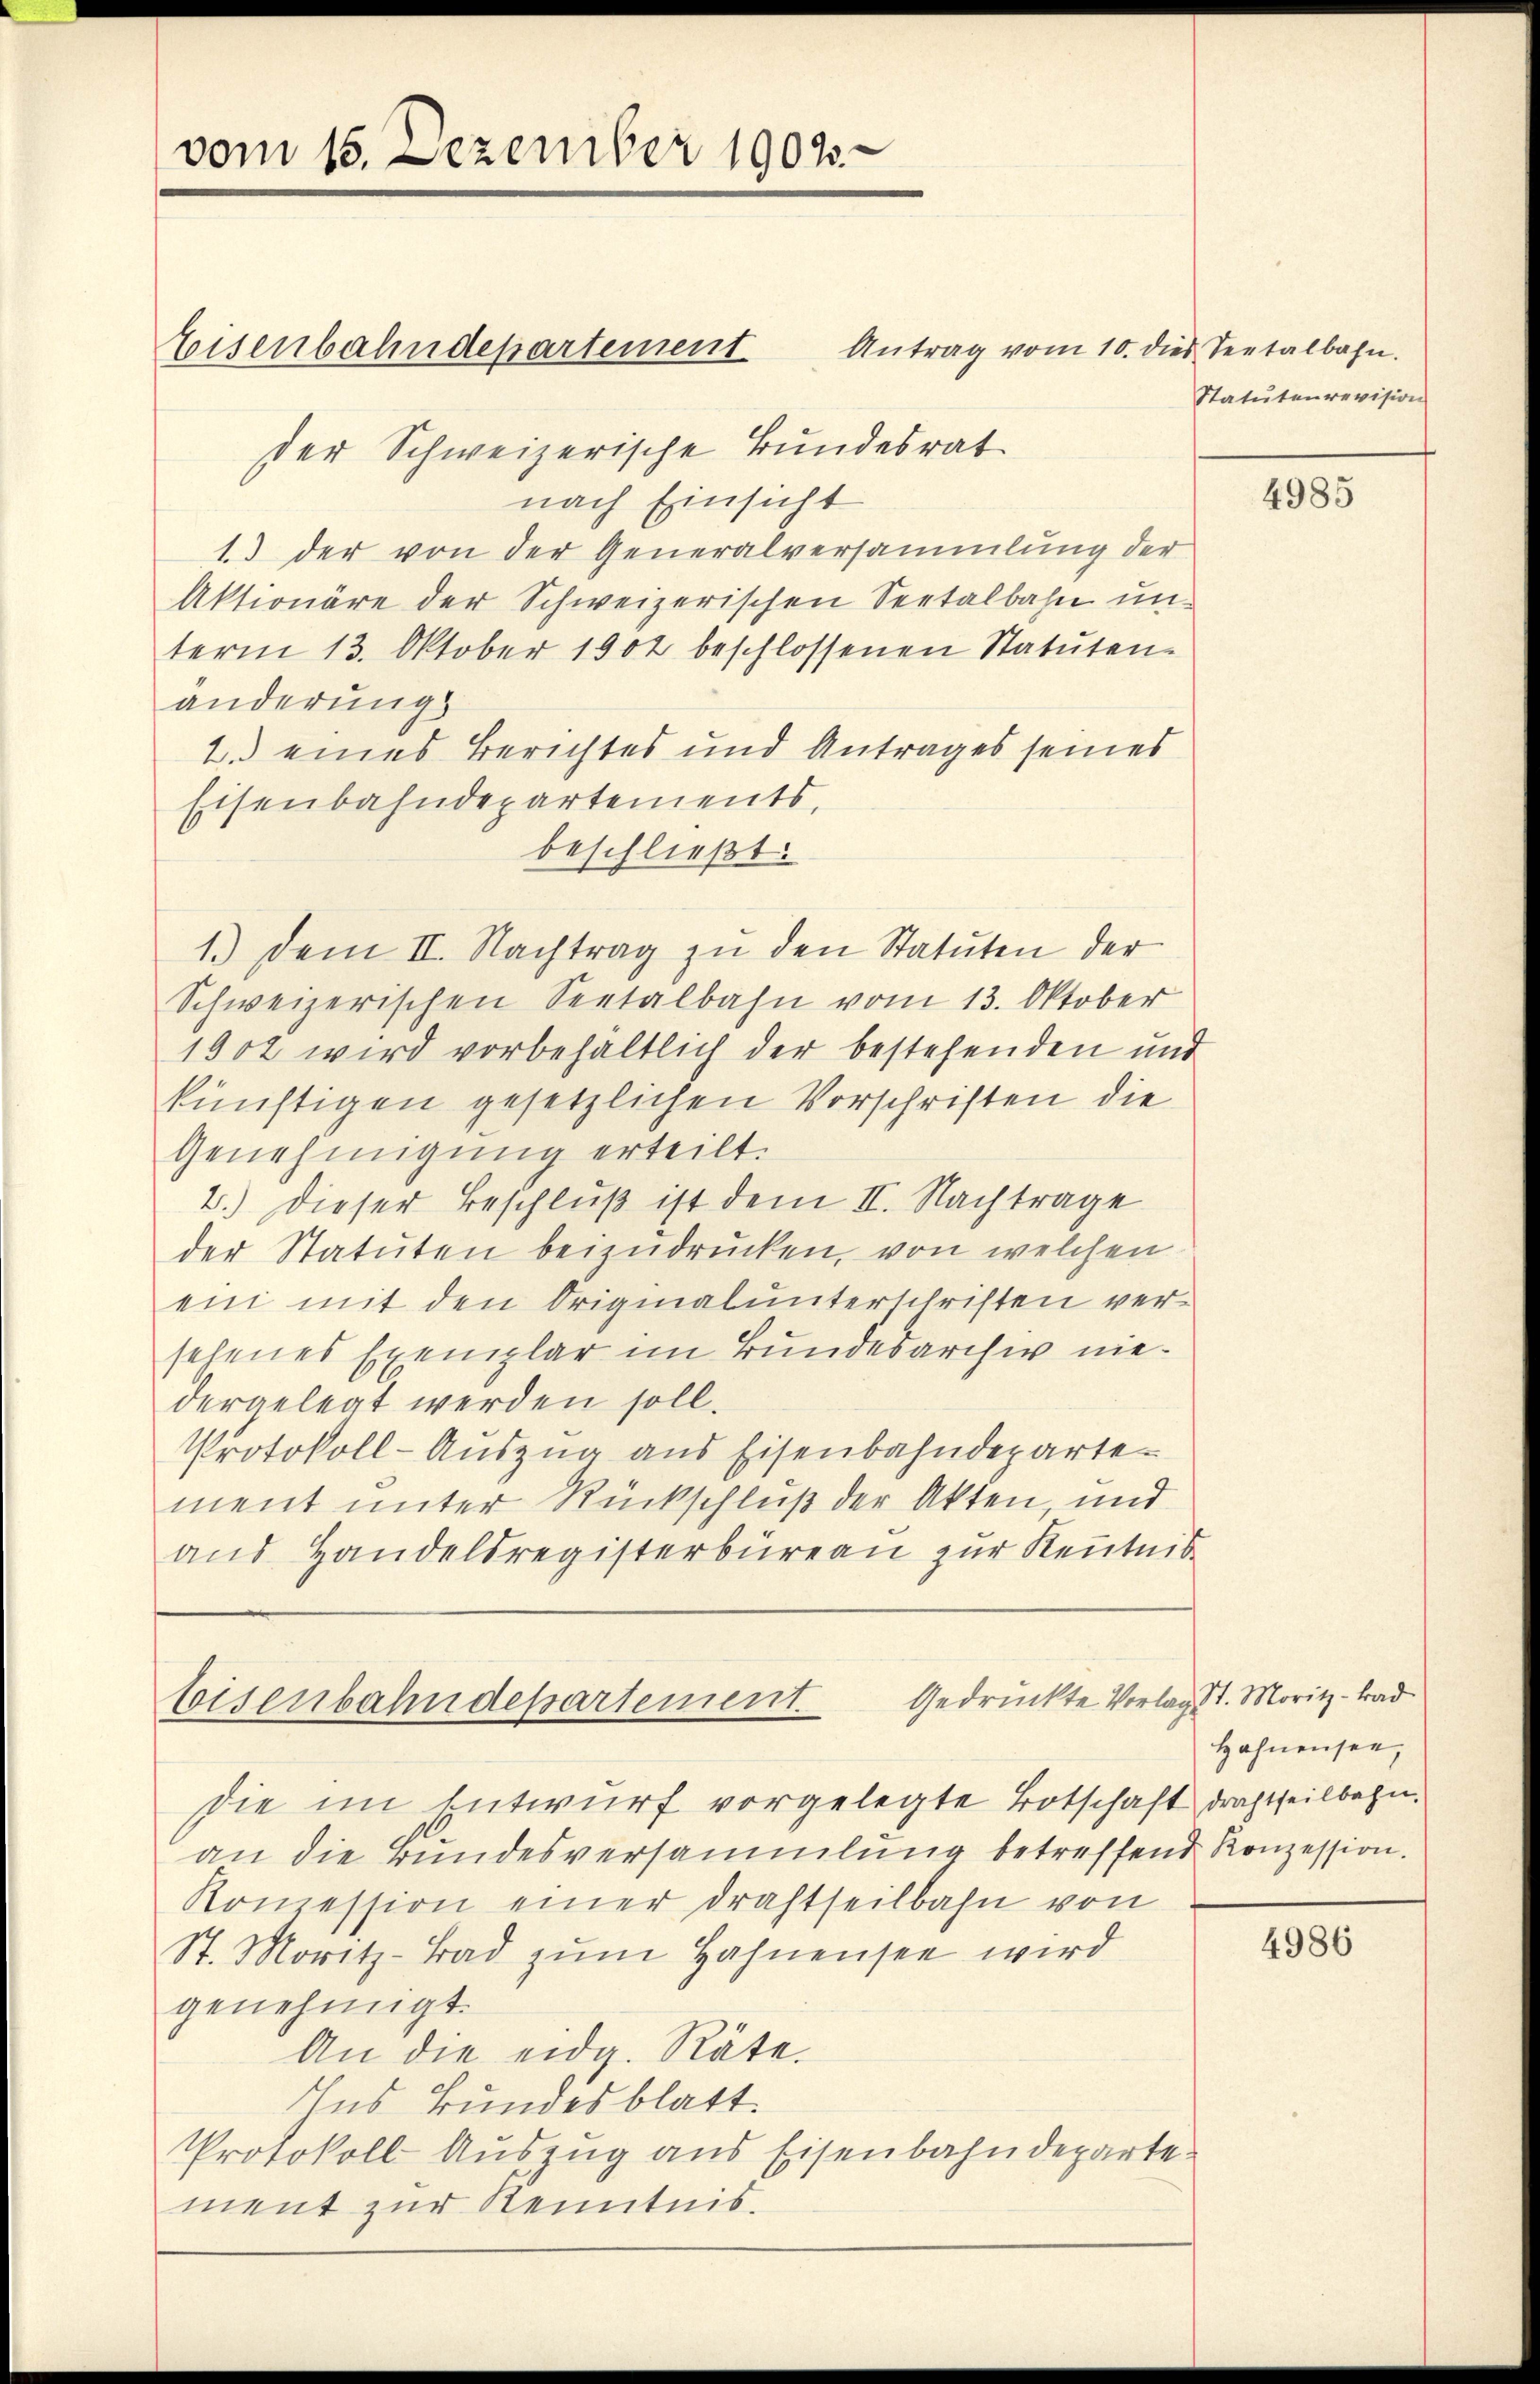
vom 15. Dezember 1902.

der Schweizerische Bundesrat
nach Einsicht
1.) der von der Generalversammlung der
Aktionäre der Schweizerischen Seetalbahn unterm 13. Oktober 1902 beschlossenen Statuten-
änderung
1.) eines Berichtes und Antrages seines
Eisenbahndepartements,
beschließt:
1.) Dem II. Nachtrag zŭ den Statuten der
Schweizerischen Seetalbahn vom 13. Oktober
1902 wird vorbehaltlich der bestehenden und
künftigen gesetzlichen Vorschriften die
Genehmigung erteilt.
2.) Dieser Beschluß ist dem II. Nachtrage
der Statuten beizudrucken, von welchen
ein mit den Originalunterschriften versehenes Exemplar im Bundesarchiv niedergelegt werden soll.
Protokoll-Auszug aus Eisenbahndepartement unter Rückschluß der Akten, und
and Handelsregisterbüreau zur Kenntnis

Eisenbahndepartement Antrag vom 10. dies Seetalbahn.

beisenbahndepartement. Gedrückte Vorlag St. Moritz - trad

Statutenrevision

die im Entwurf vorgelegte Botschaft drachtheilbahn.
an die Bundesversammlung betreffend Konzession.
Konzession einer Drahtheilbahn von
St. Moritz- Bad zŭm Hahnensee wird
genehmigt.
An die eidg. Räte.
Ins Bundesblatt.
Protokoll- Auszug aus Eisenbahndeparte
ment zur Kenntnis.

4985

Hahnensee,

4986